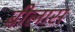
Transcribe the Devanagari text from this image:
बीलास